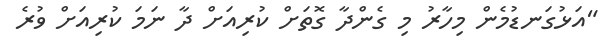
"އަޅުގަނޑުމެން މިހާރު މި ގެންދާ ގޮތަށް ކުރިއަށް ދާ ނަމަ ކުރިއަށް ވުރެ